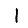
Digit: 1